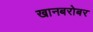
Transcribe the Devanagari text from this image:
खानबरोबर